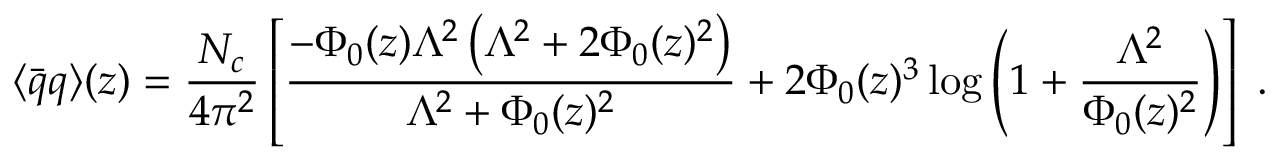
\langle \bar { q } q \rangle ( z ) = \frac { N _ { c } } { 4 \pi ^ { 2 } } \left[ \frac { - \Phi _ { 0 } ( z ) \Lambda ^ { 2 } \left( \Lambda ^ { 2 } + 2 \Phi _ { 0 } ( z ) ^ { 2 } \right) } { \Lambda ^ { 2 } + \Phi _ { 0 } ( z ) ^ { 2 } } + 2 \Phi _ { 0 } ( z ) ^ { 3 } \log \left( 1 + \frac { \Lambda ^ { 2 } } { \Phi _ { 0 } ( z ) ^ { 2 } } \right) \right] \; .